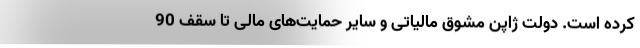
کرده است. دولت ژاپن مشوق مالیاتی و سایر حمایت‌های مالی تا سقف 90